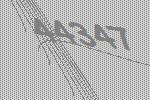
44347